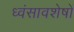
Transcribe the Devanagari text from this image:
ध्‍वंसावशेषों